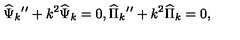
{ \widehat \Psi } _ { k } { ' ^ { \prime } } + k ^ { 2 } { \widehat \Psi } _ { k } = 0 , { \widehat \Pi } _ { k } { ' ^ { \prime } } + k ^ { 2 } { \widehat \Pi } _ { k } = 0 ,